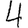
Digit: 4